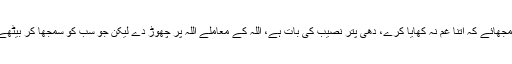
اب کوئی اسے کیسے سمجھائے کہ اتنا غم نہ کھایا کرے، دھی پتر نصیب کی بات ہے، اللہ کے معاملے اللہ پر چھوڑ دے لیکن جو سب کو سمجھا کر بیٹھے، اسے کون سمجھائے؟